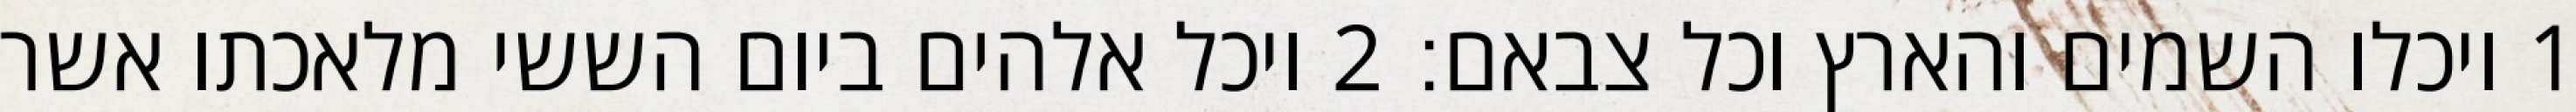
1 ויכלו השמים והארץ וכל צבאם׃ ‎2‏ ויכל אלהים ביום הששי מלאכתו אשר